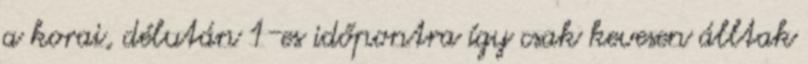
a korai, délután 1-es időpontra így csak kevesen álltak